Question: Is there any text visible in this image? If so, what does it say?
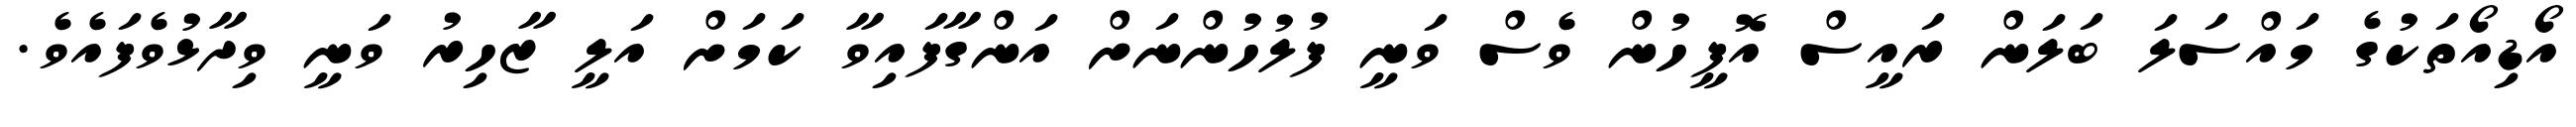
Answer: އޯޑިއޯތަކުގެ މައްސަލަ ބަލަން ރައީސް އޮފީހުން ވެސް ވަނީ ފުލުހުންނަށް އަންގާފައިވާ ކަމަށް އަލީ ޒާހިރު ވަނީ ވިދާޅުވެފައެވެ.